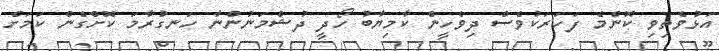
އަޅުވެތިވި ކޮންމެ ފަހަރަކުވެސް ދިވެހީން ކާމިޔާބު ހޯދީ ދުޝްމަނުންނާ ހަނގުރާމަ ކޮށްގެން ކަމަށް